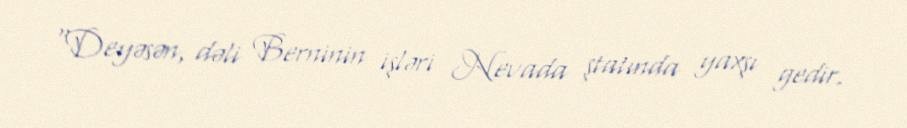
“Deyəsən, dəli Berninin işləri Nevada ştatında yaxşı gedir.